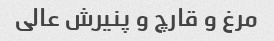
مرغ و قارچ و پنیرش عالی